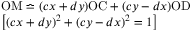
\begin{array} { l } { \mathrm { O M } \bumpeq ( c x + d y ) \mathrm { O C } + ( c y - d x ) \mathrm { O D } } \\ { \left[ ( c x + d y ) ^ { 2 } + ( c y - d x ) ^ { 2 } = 1 \right] } \end{array}